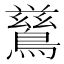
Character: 𮭋